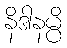
နိဒါနမ္ပိ